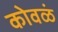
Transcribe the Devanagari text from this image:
कोवळं